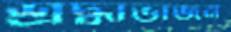
শ্রদ্ধাভাজন